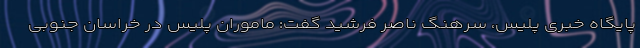
پایگاه خبری پلیس، سرهنگ ناصر فرشید گفت: ماموران پلیس در خراسان جنوبی